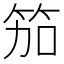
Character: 笳